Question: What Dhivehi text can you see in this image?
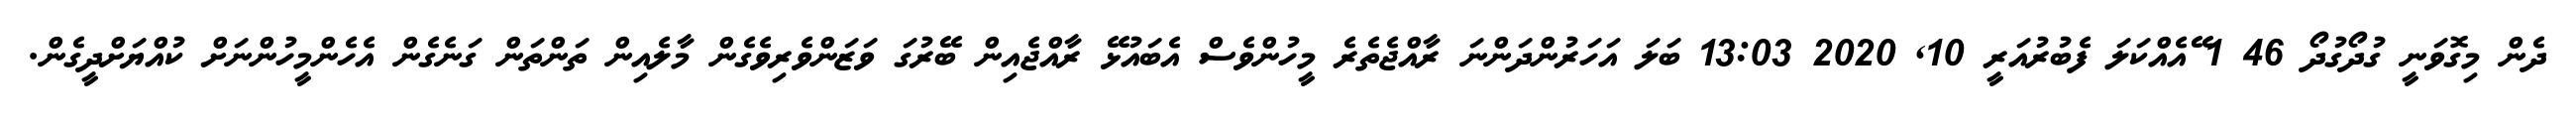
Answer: ދެން މިގޮވަނީ ގުދޯގުދޯ 46 1 ޭއެއްކަލަ ފެބުރުއަރީ 10, 2020 13:03 ބަލަ އަހަރުންދަންނަ ރާއްޖެތެރެ މީހުންވެސް އެބައުޅޭ ރާއްޖެއިން ބޭރުގަ ވަޒަންވެރިވެގެން މާލެއިން ތަންތަން ގަނެގެން އެހެންމީހުންނަށް ކުއްޔަށްދީގެން.